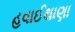
હવાઈથાણા